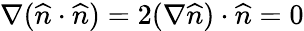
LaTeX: \nabla(\widehat{n}\cdot\widehat{n})=2(\nabla\widehat{n})\cdot\widehat{n}=0